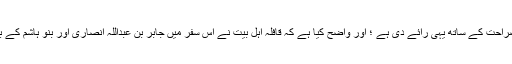
سید ابن طاؤوس نے اپنی کتاب مقتل لہوف میں صراحت کے ساتھ یہی رائے دی ہے ؛ اور واضح کیا ہے کہ قافلہ اہل بیت نے اس سفر میں جابر بن عبداللہ انصاری اور بنو ہاشم کے بعض افراد کو بھی کربلائے معلی میں دیکھا ہے۔